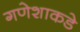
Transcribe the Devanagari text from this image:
गणेशाकडे